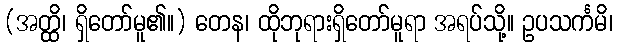
(အတ္ထိ၊ ရှိတော်မူ၏။) တေန၊ ထိုဘုရားရှိတော်မူရာ အရပ်သို့။ ဥပသင်္ကမိ၊